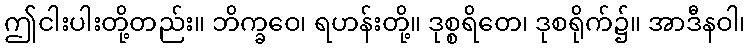
ဤငါးပါးတို့တည်း။ ဘိက္ခဝေ၊ ရဟန်းတို့။ ဒုစ္စရိတေ၊ ဒုစရိုက်၌။ အာဒီနဝါ၊